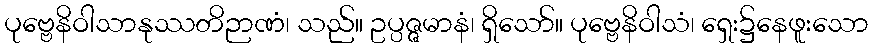
ပုဗ္ဗေနိဝါသာနုဿတိဉာဏံ၊ သည်။ ဥပ္ပဇ္ဇမာနံ၊ ရှိသော်။ ပုဗ္ဗေနိဝါသံ၊ ရှေး၌နေဖူးသော